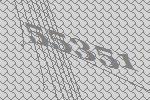
55351